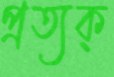
প্রত্যক্